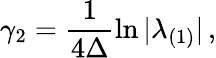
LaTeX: \gamma_{2}=\frac{1}{4\Delta}\ln|\lambda_{(1)}|\, ,